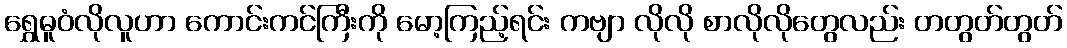
ရွှေဓူဝံလိုလူဟာ ကောင်းကင်ကြီးကို မော့ကြည့်ရင်း ကဗျာ လိုလို စာလိုလိုတွေလည်း တတွတ်တွတ်